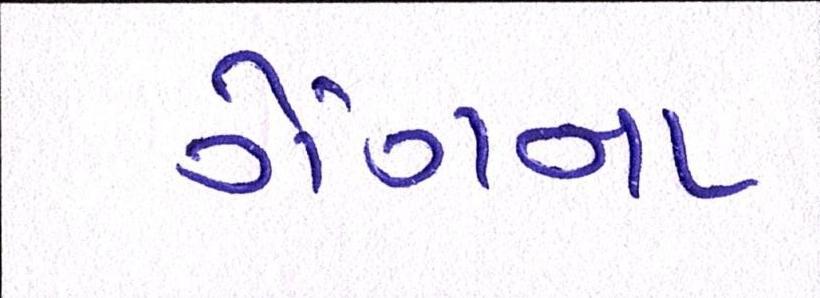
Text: ગેંગના